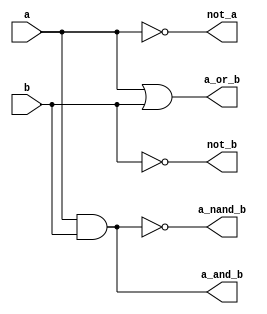
module Bool(
	input a, 
	input b,
    output not_a, 
    output not_b, 
    output a_and_b,
    output a_or_b, 
    output a_nand_b
    );

assign not_a = ~a;          // NOT
assign not_b = ~b;          // NOT
assign a_and_b = a & b;     // AND
assign a_or_b = a | b; 	    // OR
assign a_nand_b = ~(a & b); // NAND

endmodule


module Test_bool;

reg a, b;
wire not_a, not_b, a_and_b, a_or_b, a_nand_b;

Bool Bool_imp(a, b, not_a, not_b, a_and_b, a_or_b, a_nand_b);

initial
begin
	a = 0;
	b = 0;

	#10 a = 1;
	b = 0;

	#10 a = 0;
	b = 1;

	#10 a = 1;
	b = 1;
end

initial
begin
  $dumpfile("out.vcd");
  $dumpvars(0, Test_bool);
  #40 $finish;
end
endmodule